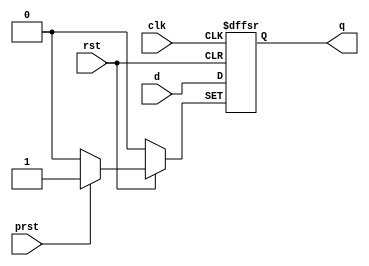
module dffasyncrstprst (
input d,clk,prst,rst,
output reg q);

always @(posedge clk or posedge prst or negedge rst)
begin
if (rst==0)  q <= 1'b0;
else if(prst == 1)   q<=1'b1;
else    q<=d;
end
endmodule